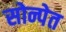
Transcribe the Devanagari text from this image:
सोन्पेत